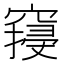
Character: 𱷓